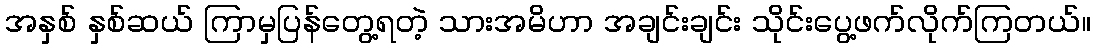
အနှစ် နှစ်ဆယ် ကြာမှပြန်တွေ့ရတဲ့ သားအမိဟာ အချင်းချင်း သိုင်းပွေ့ဖက်လိုက်ကြတယ်။